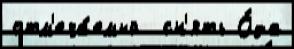
отм'еча́емый  сн'ять О́да